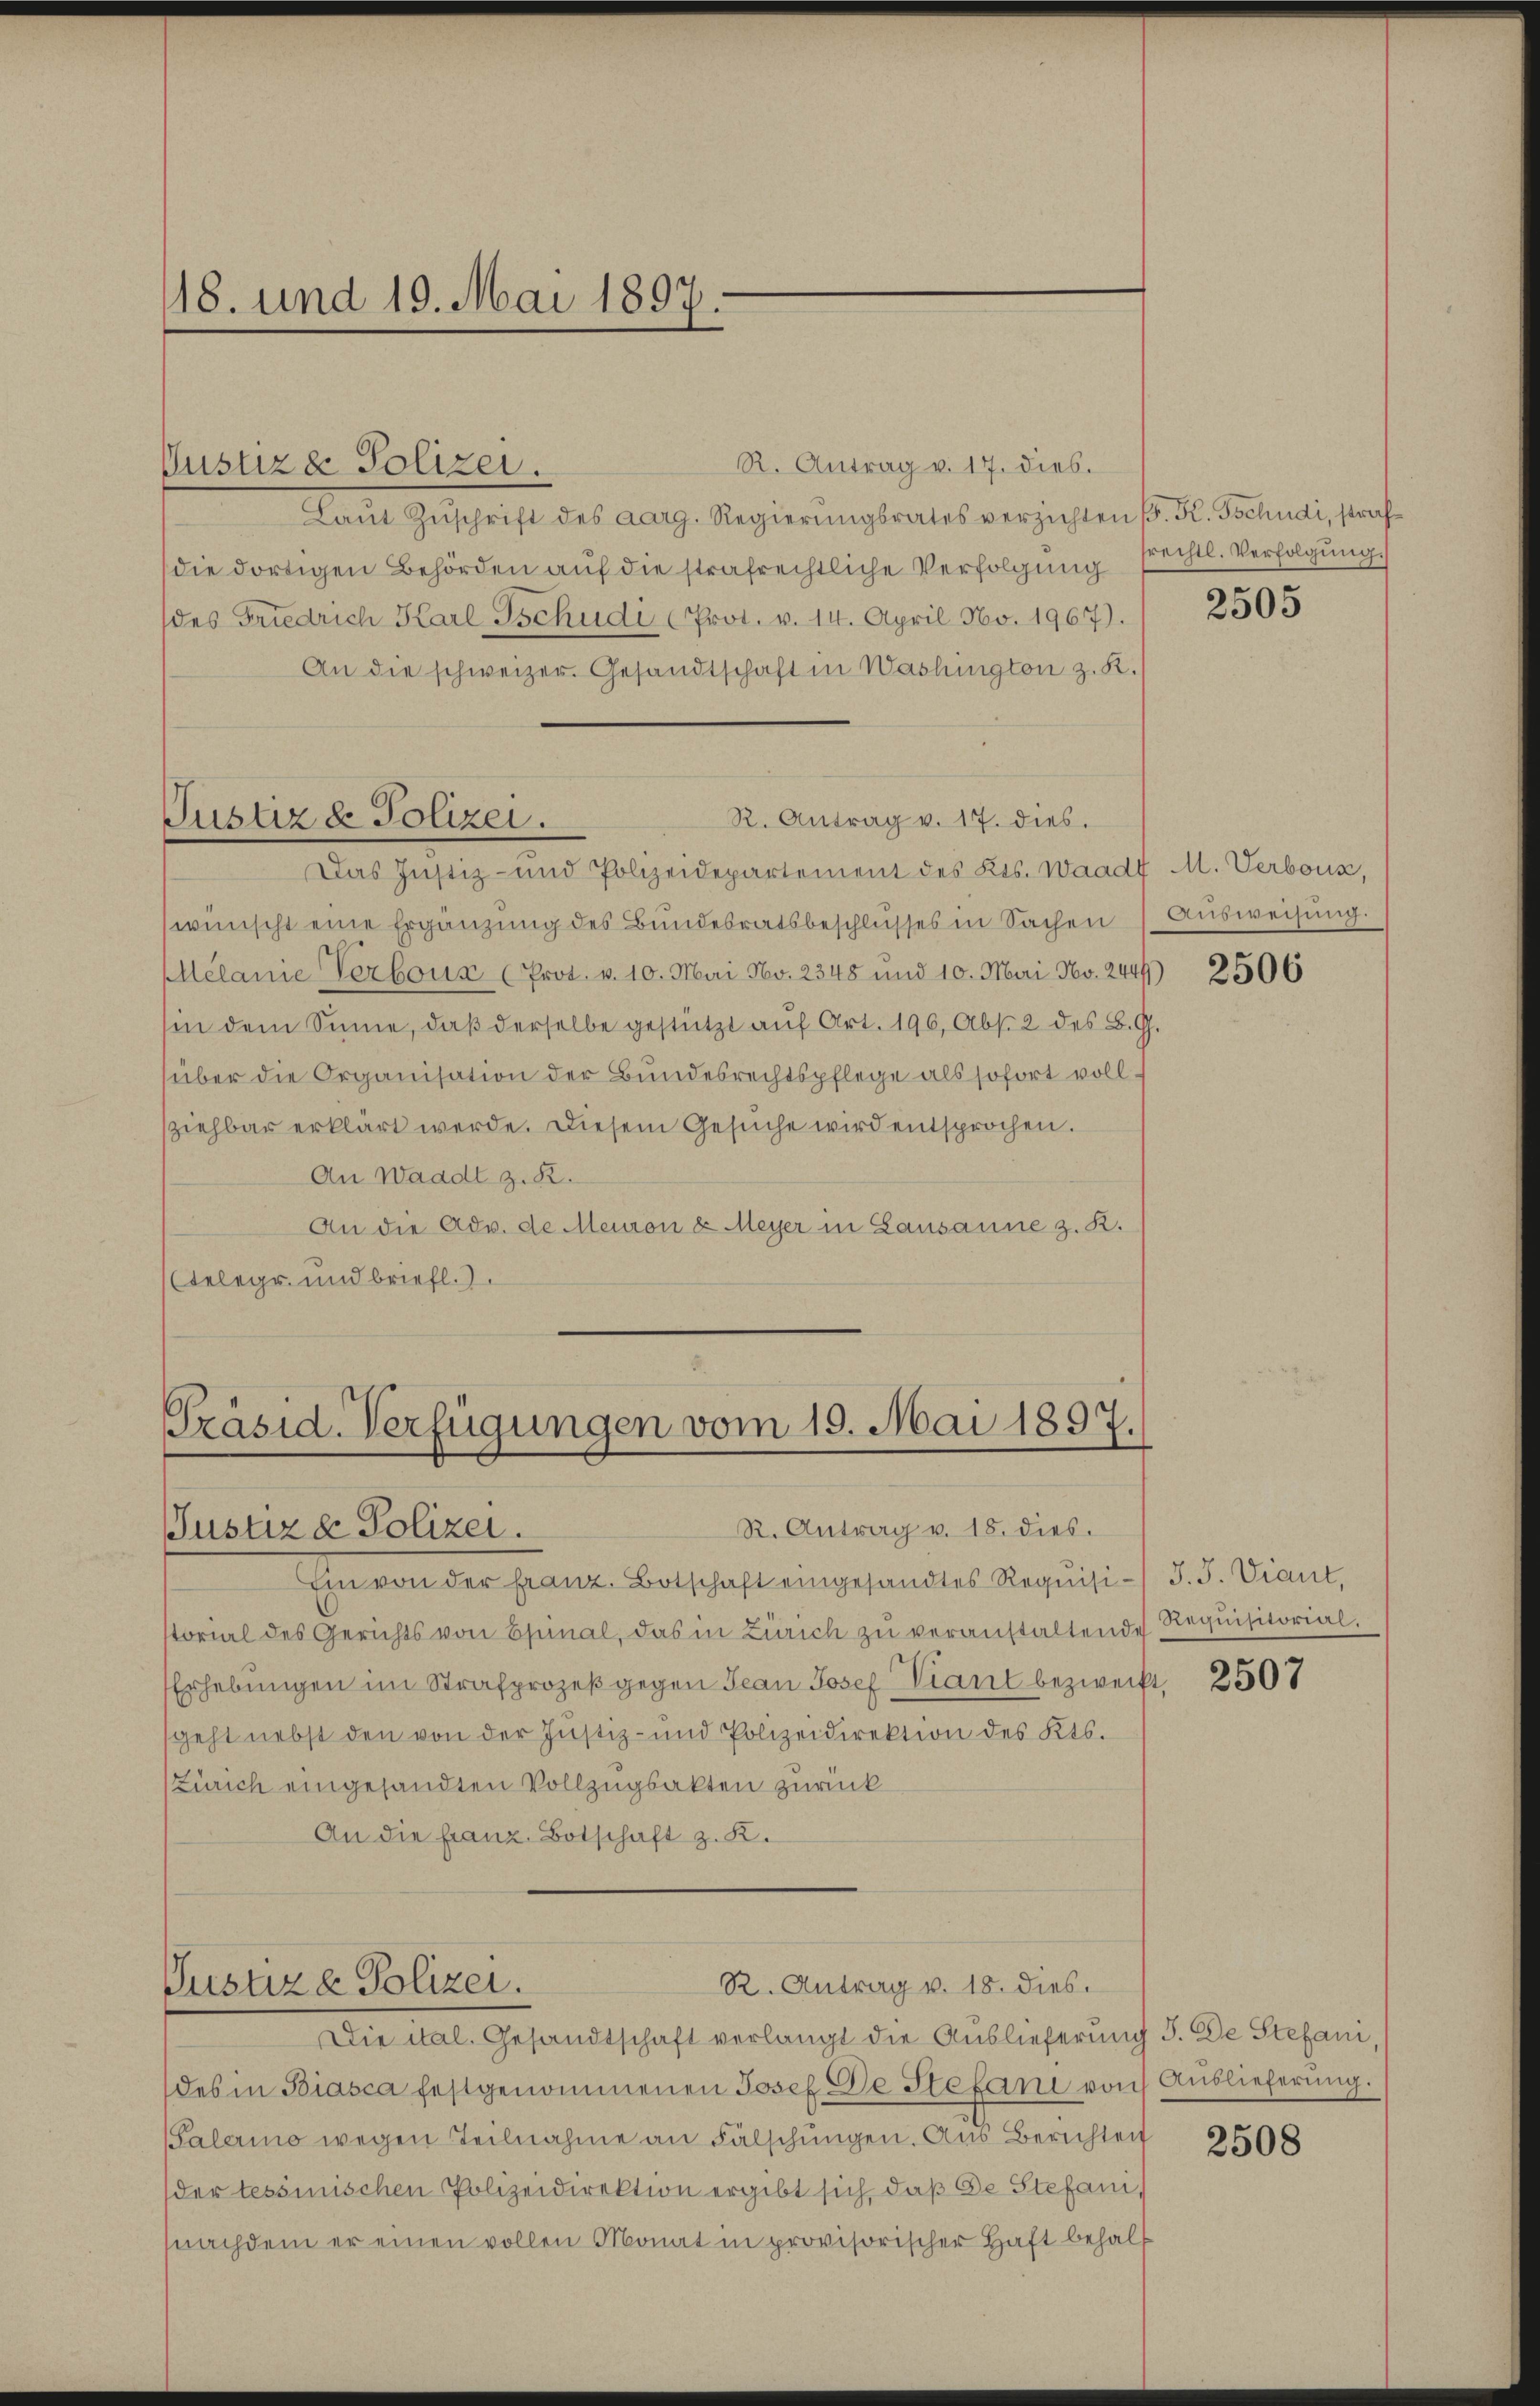
18. und 19. Mai 1897.

R. Antrag v. 17. dies.
Lamt Zŭschrift des acarg. Regierŭngsrates verzichten . H. Jochudi, strafe
(die dortigen Behörden auf die strafrechtliche Verfolgung frechtl. Verfolgung
des Friedrich Karl-Tschudi (Prot. v. 14. April No. 1967).
An die schweizer. Gesandtschaft in Washington z. R.
R. Antrag v. 17. dies.
wünscht eine Ergänzung des Bundesratsbeschlusses in Sachen
Melanie Verboux (Prot. v. 10. Mai No. 2348 und 10. Mai No. 2444)
sin dem Sinne, daβ derselbe gestützt aŭf Art. 196, Abs. 2 des B. G.
über die Organisation der Bundesrechtspflege als sofort vollziehbar erklärt werde. Diesem Gesŭche wird entsprochen.
An Waadt z. R.
An die Adv. de Meinen & Meyer in Lausanne z. R.
Telege und briefl.)

Justiz & Polizei.

Justiz & Polizei.
Das Justiz- und Polizeidepartement des Kts. Waadt M. Verbous,

Präsid. Verfügungen vom 10. Mai 1897.
R. Antrag v. 18. dies.
Justiz & Polizei.

R. Antrag v. 18. dies.
Justiz & Polizei.

Ein von der franz. Botschaft eingesandtes Requisiorial des Gerichts von Epinal, das in Zürich zŭ veranstaltende Requisitorial¬
Erhebungen im Strafprozeß gegen Jean Josef Viant bezweift,
geht nebst den von der Justiz- und Polizeidirektion des Kts.
Zürich eingesandten Vollzugsakten zurück
An die Franz. Botschaft z. K.

Die ital. Gesandtschaft verlangt die Auslieferung 5. De Stefani,
des in Biasca festgenommenen Josef De Stefani von Auslieferung.
Palerino wegen Teilnahme an Fälschungen. Aus Berichten
der tessinischen Polizeidirektion ergibt sich, daß De Stefani,
nachdem er einen vollen Monat in provisorischer Haft behalt

2505

Ausweisung.

2506

J. J. Viant,
2507

2508